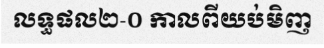
លទ្ធផល២-០ កាលពីយប់មិញ